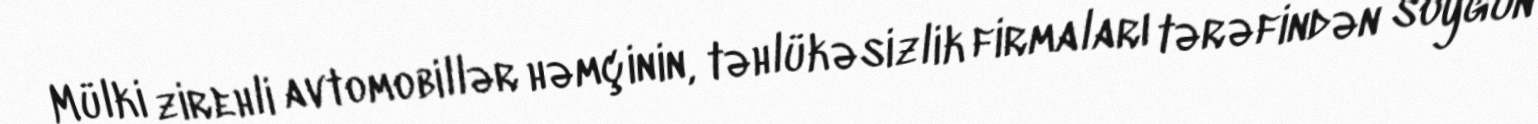
Mülki zirehli avtomobillər həmçinin, təhlükəsizlik firmaları tərəfindən soyğun